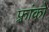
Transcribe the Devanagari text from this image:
फ़्रांको